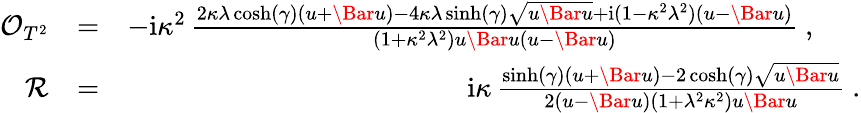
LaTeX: \begin{array}{rlr}{\mathcal{O}_{T^{2}}}&{=}&{-\mathrm{i}\kappa^{2}\, \frac{2\kappa\lambda\cosh({\gamma})(u+\Bar{u})-4\kappa\lambda\sinh({\gamma})\sqrt{u\Bar{u}}+\mathrm{i}(1-\kappa^{2}\lambda^{2})(u-\Bar{u})}{(1+\kappa^{2}\lambda^{2})u\Bar{u}(u-\Bar{u})}~,~~~~~~}\\ {\mathcal{R}}&{=}&{~\mathrm{i}\kappa\, \frac{\sinh({\gamma})(u+\Bar{u})-2\cosh({\gamma})\sqrt{u\Bar{u}}}{2(u-\Bar{u})(1+\lambda^{2}\kappa^{2})u\Bar{u}}~.}\end{array}